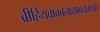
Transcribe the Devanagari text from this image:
ब्रीहियवावबलासावदोमधौ।